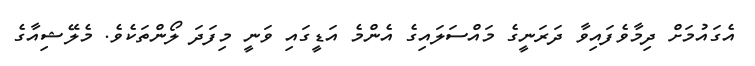
އެގައުމަށް ދިމާވެފައިވާ ދަރަނީގެ މައްސަލައިގެ އެންމެ އަޑީގައި ވަނީ މިފަދަ ލޯންތަކެވެ. މެލޭޝިއާގެ